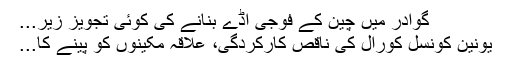
گوادر میں چین کے فوجی اڈے بنانے کی کوئی تجویز زیر...
یونین کونسل کورال کی ناقص کارکردگی، علاقہ مکینوں کو پینے کا...